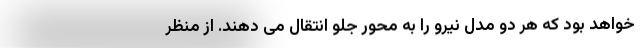
خواهد بود که هر دو مدل نیرو را به محور جلو انتقال می دهند. از منظر